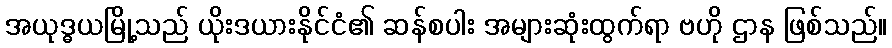
အယုဒ္ဓယမြို့သည် ယိုးဒယားနိုင်ငံ၏ ဆန်စပါး အများဆုံးထွက်ရာ ဗဟို ဌာန ဖြစ်သည်။